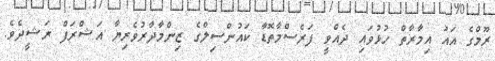
ރޫމްގެ އައު އިމާރާތް ހުޅުވައި ދެއްވީ ފަރެސްމާތޮޑާ ކައުންސިލްގެ ޒިންމާދާރުވެރިޔާ އަޝްރަފް ރަޝީދެވެ.